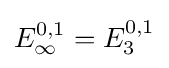
E_{\infty }^{0,1}=E_{3}^{0,1}